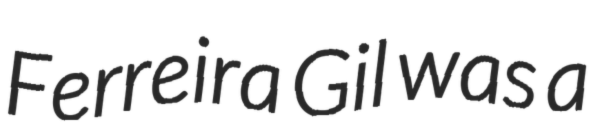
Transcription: Ferreira Gil was a